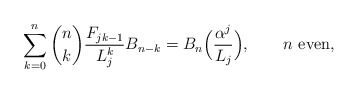
\begin{align*}\sum_{k = 0}^n \binom nk \frac{F_{jk - 1}}{L_j^k} B_{n-k} = B_n\Big(\frac{\alpha ^j }{L_j}\Big),\qquad\mbox{$n$ even},\end{align*}